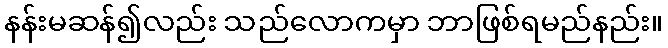
နန်းမဆန်၍လည်း သည်လောကမှာ ဘာဖြစ်ရမည်နည်း။